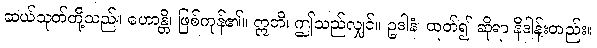
ဆယ်သုတ်တို့သည်။ ဟောန္တိ၊ ဖြစ်ကုန်၏။ ဣတိ၊ ဤသည်လျှင်။ ဥဒါနံ၊ ထုတ်၍ ဆိုရာ နိဒါန်းတည်း။